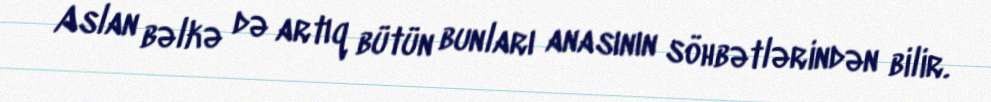
Aslan bəlkə də artıq bütün bunları anasının söhbətlərindən bilir.